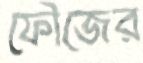
ফৌজের